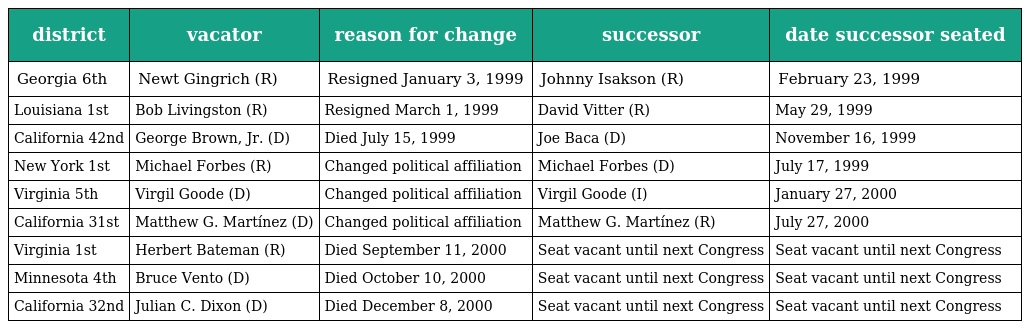
| district | vacator | reason for change | successor | date successor seated |
 | --- | --- | --- | --- | --- |
 | Georgia 6th | Newt Gingrich (R) | Resigned January 3, 1999 | Johnny Isakson (R) | February 23, 1999 |
 | Louisiana 1st | Bob Livingston (R) | Resigned March 1, 1999 | David Vitter (R) | May 29, 1999 |
 | California 42nd | George Brown, Jr. (D) | Died July 15, 1999 | Joe Baca (D) | November 16, 1999 |
 | New York 1st | Michael Forbes (R) | Changed political affiliation | Michael Forbes (D) | July 17, 1999 |
 | Virginia 5th | Virgil Goode (D) | Changed political affiliation | Virgil Goode (I) | January 27, 2000 |
 | California 31st | Matthew G. Martínez (D) | Changed political affiliation | Matthew G. Martínez (R) | July 27, 2000 |
 | Virginia 1st | Herbert Bateman (R) | Died September 11, 2000 | Seat vacant until next Congress | Seat vacant until next Congress |
 | Minnesota 4th | Bruce Vento (D) | Died October 10, 2000 | Seat vacant until next Congress | Seat vacant until next Congress |
 | California 32nd | Julian C. Dixon (D) | Died December 8, 2000 | Seat vacant until next Congress | Seat vacant until next Congress |